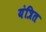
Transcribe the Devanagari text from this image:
यंत्रित